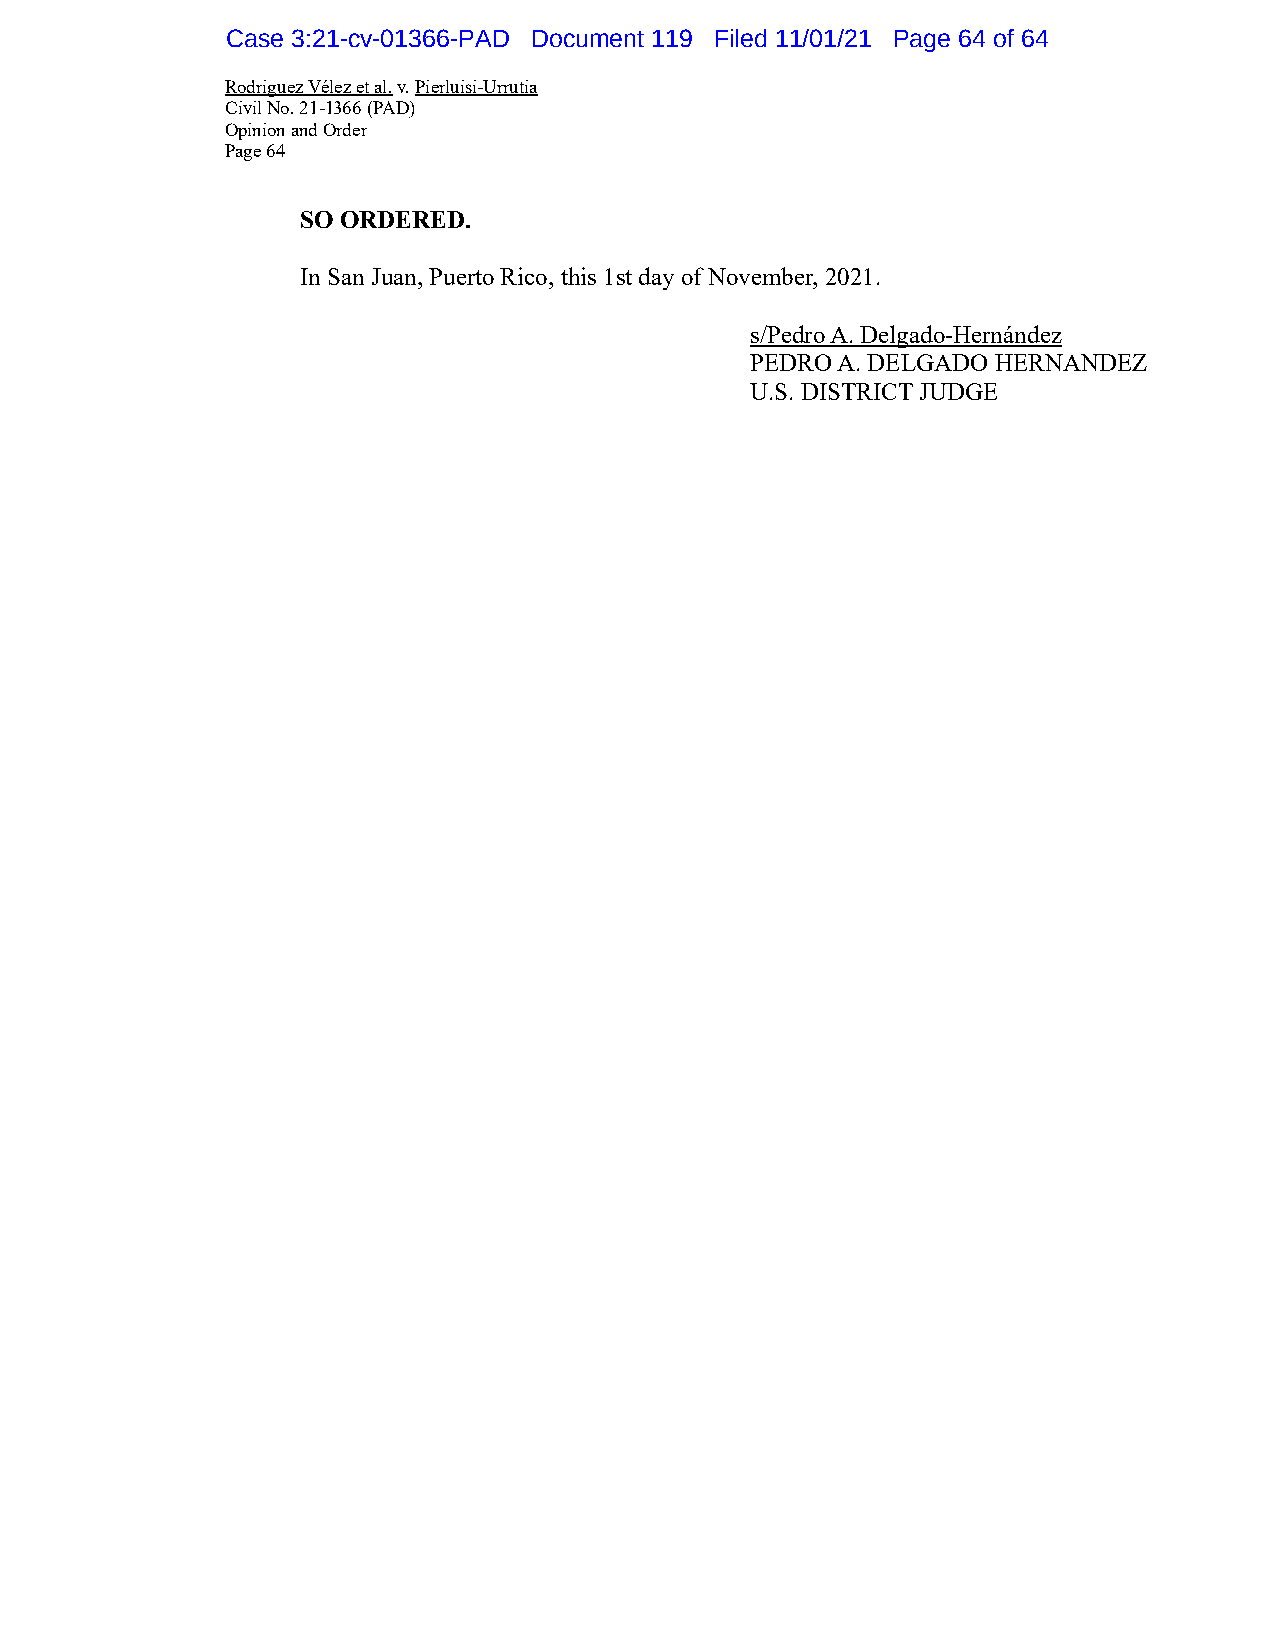
Case 3:21-cv-01366-PAD Document 119 Filed 11/01/21 Page 64 of 64
 Rodriguez Vélez et al. v. Pierluisi-Urrutia
 Civil No. 21-1366 (PAD)
 Opinion and Order
 Page 64
 SO ORDERED.
 In San Juan, Puerto Rico, this 1st day of November, 2021.
 s/Pedro A. Delgado-Hernández
 PEDRO A. DELGADO HERNANDEZ
 U.S. DISTRICT JUDGE